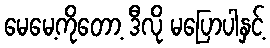
မေမေ့ကိုတော့ ဒီလို မပြောပါနှင့်